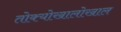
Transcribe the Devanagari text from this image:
तोक्योखालोखाल